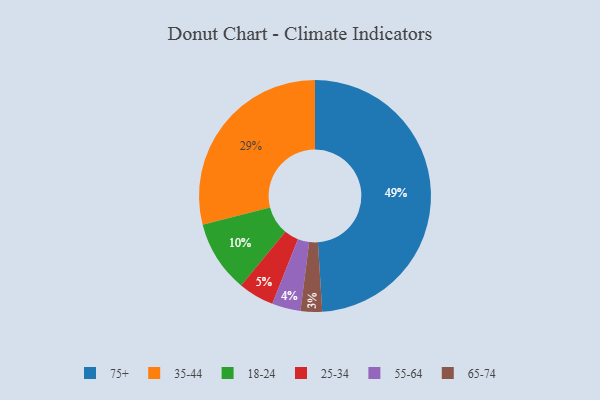
{"axis": {"x": "Category", "y": "Percentage"}, "legend": ["18-24", "25-34", "35-44", "55-64", "65-74", "75+"], "data": [{"x": "25-34", "y": 5, "type": "25-34"}, {"x": "55-64", "y": 4, "type": "55-64"}, {"x": "35-44", "y": 29, "type": "35-44"}, {"x": "65-74", "y": 3, "type": "65-74"}, {"x": "18-24", "y": 10, "type": "18-24"}, {"x": "75+", "y": 49, "type": "75+"}]}